Bréfritari: Jón Jónsson
Viðtakandi: Jón Borgfirðings Jónsson
Dagsetning: A-1854-11-10
Skrifað á: Hesti  Borg.

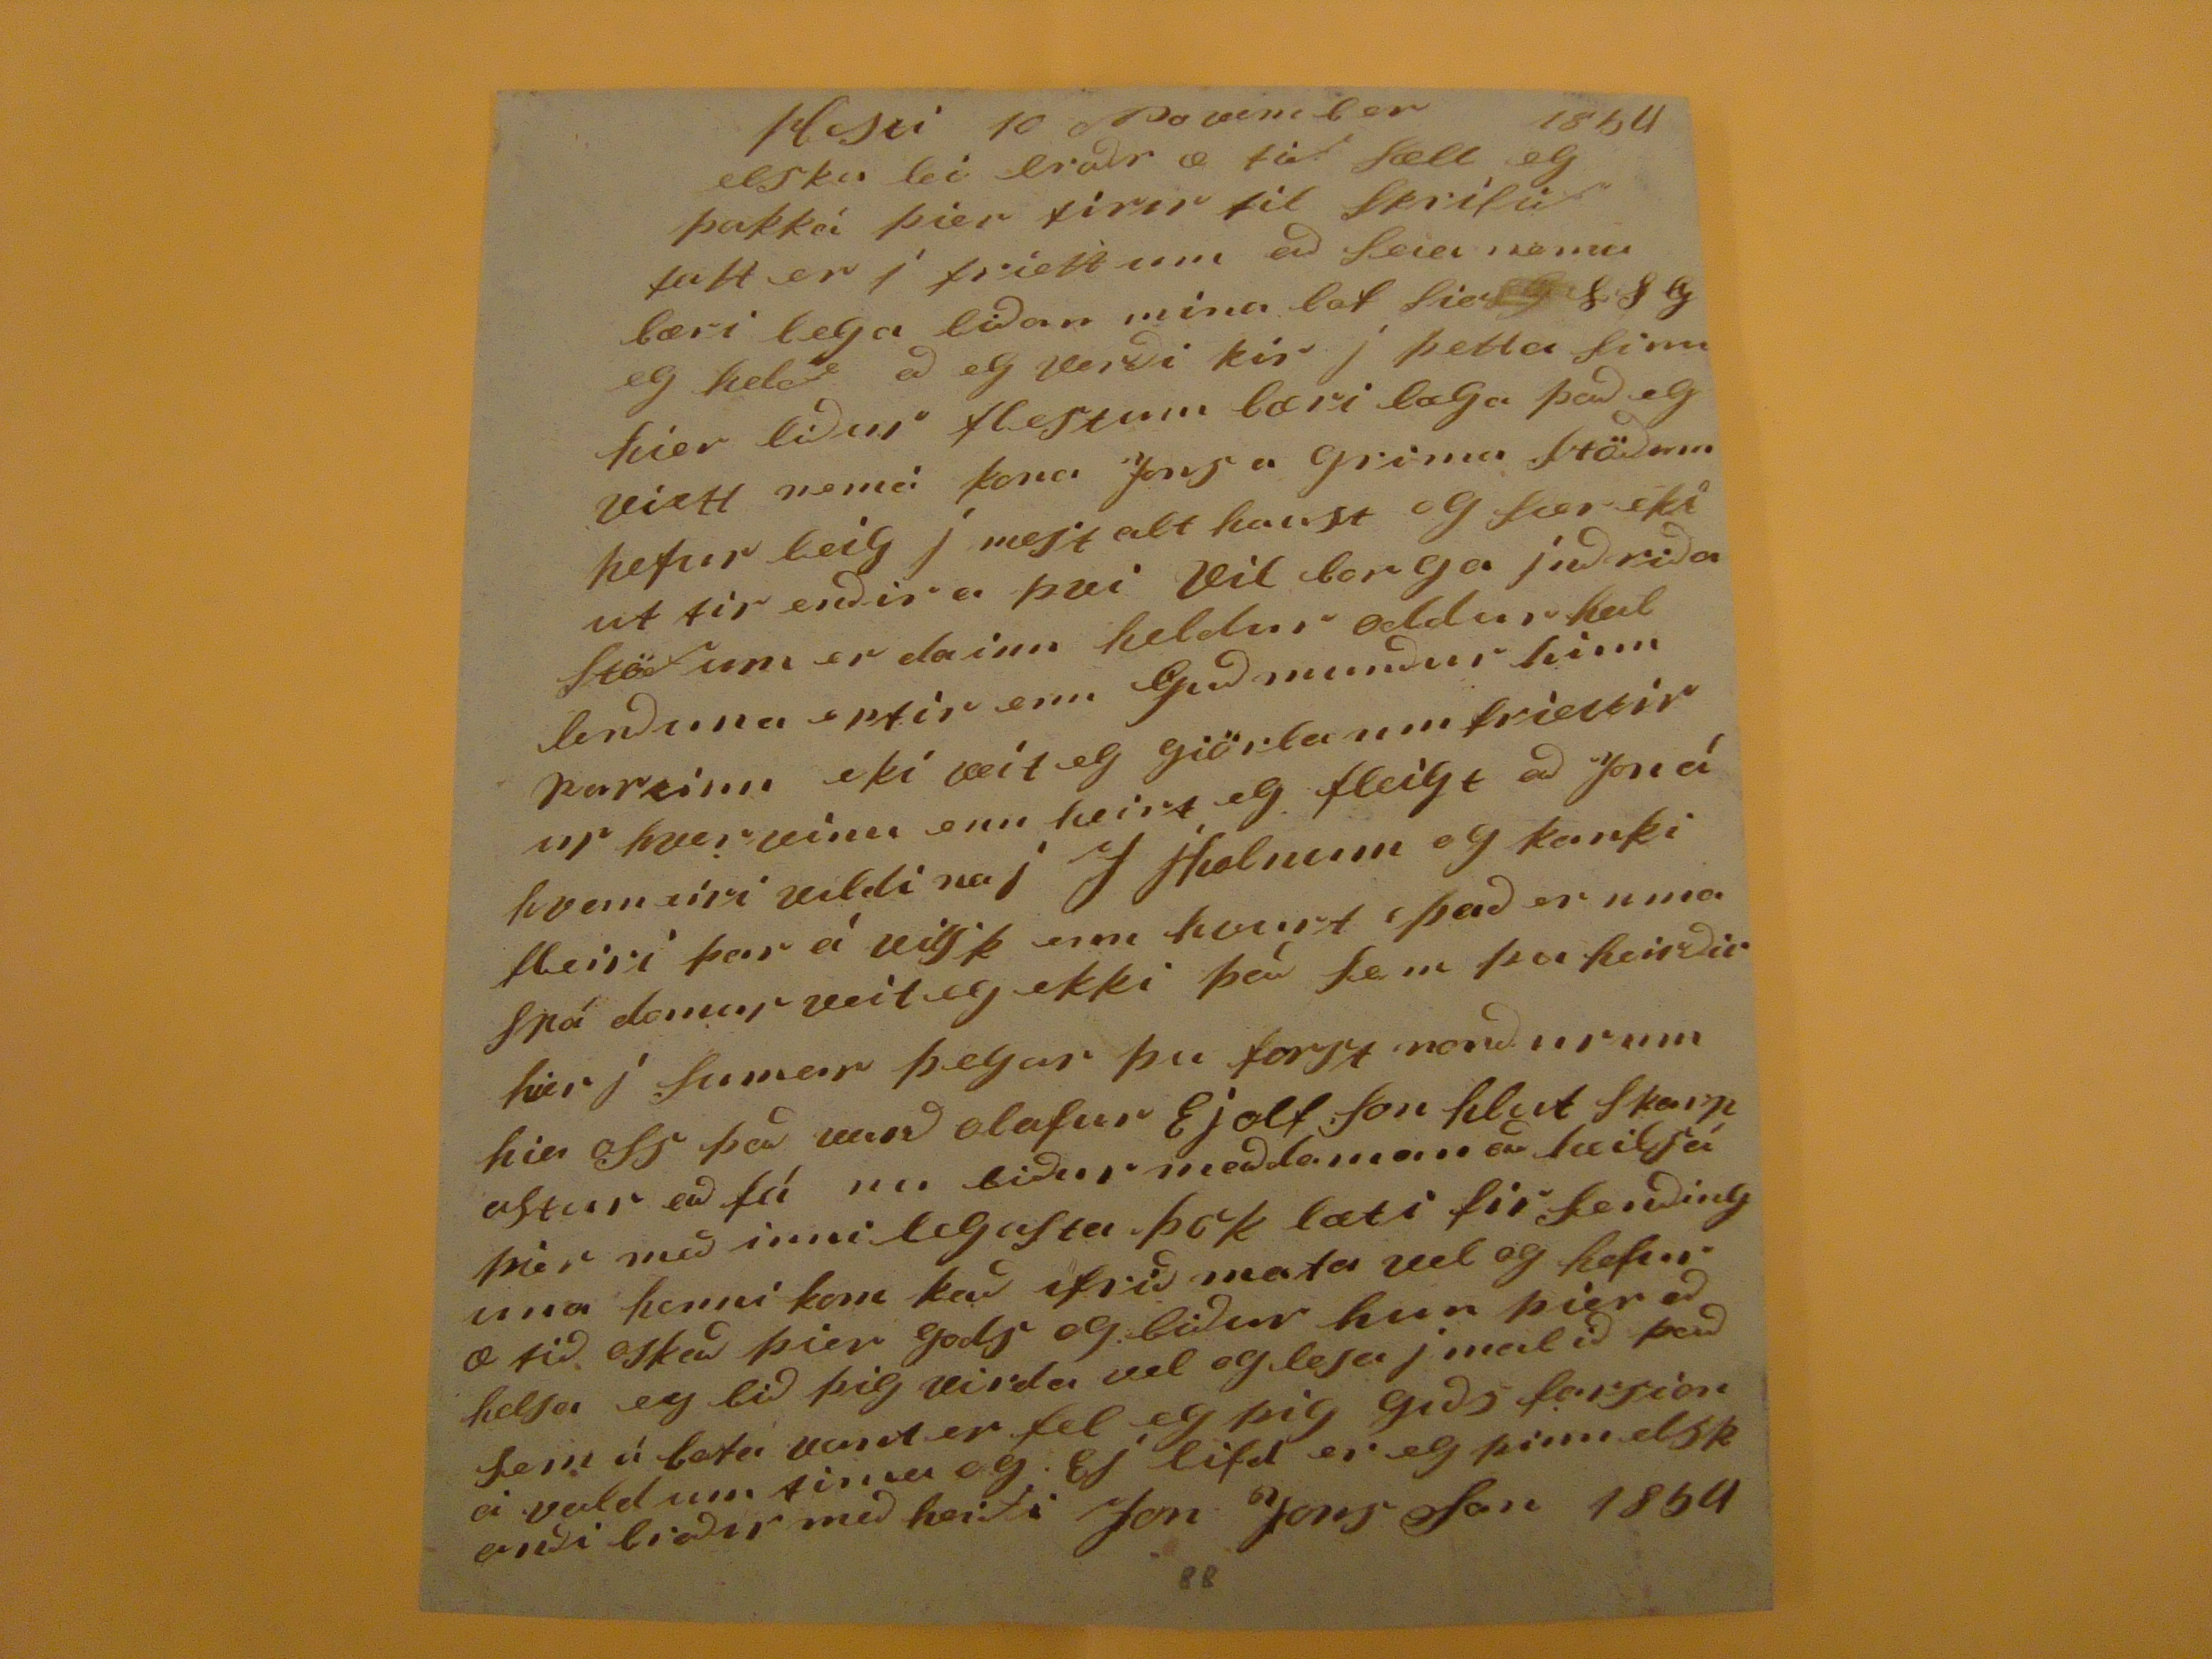

Hesti 1ö November 1954
elsku lei
broðr
æ tið sæll eg þakká þier firir til Skrifið fatt er i friettum að seia nema bæri lega liðan mina lot
sies??
SSG eg helð að eg verði kir j þetta sinn hier liður flestum bæri læga það eg viett nemá kona Jons a grima Stöðum hefur leig j mest alt haust og
Sær
eki ut tir enðir a þvi Vil borga jnðriða Stöðum er dainn heldur oddur
hullenðuna
eptir enn Guðmunður hinn
pareinn
eki veit eg giörla um friettir ur hver vinu enn heirt eg fleigt að Jon á hvan eíri vildi na j J
Hælnum
og kanki fleiri þar á
vilsk
enn hvurt það er nma sná domur veit eg ekki þá sem þu heirðir hier i SUmar þegar þu forst nroður um hier oss það varð olafur Ejolfson hlut skarpastur að fá nu biður meðdoman að
heilsá
þier með innilegasta þak læti fir senðinguna henni kom það efrið mata vel og hefur æ tið oskað þier gods og viður hun þier að helsa eg bið þig virda vel og lesa j malið það sem á bata vant er fel eg þig guðs forsion á vald um tima og Ej lifd er eg þinn elskanði broðir með heiti Jon JonsSon 1854